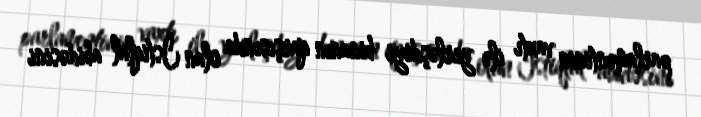
parlamentinin vaxtı ilə yerləşdiyi binanın qarşısında olan İstiqlal abidəsini